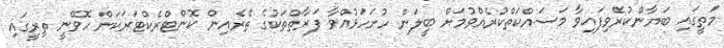
މަތީގައި ބަޔާންކުރެވިފައިވާ މަސައްކަތްކުރެއްވުމަށް ބީލަން ހުށަހަޅުއްވާ ފަރާތްތަކުގެ ތެރެއިން ކޮންޓްރެކްޓަރަކަށް ހޮވޭނީ ތިރީގައި